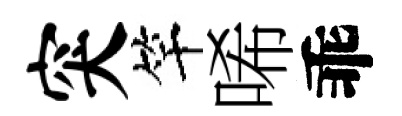
突竿唏乖